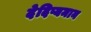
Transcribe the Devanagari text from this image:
देदिप्यमान